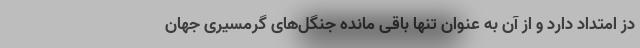
دز امتداد دارد و از آن به عنوان تنها باقی مانده جنگل‌های گرمسیری جهان